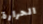
الحرارة